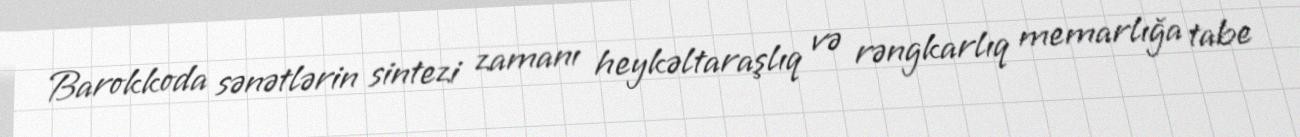
Barokkoda sənətlərin sintezi zamanı heykəltaraşlıq və rəngkarlıq memarlığa tabe